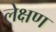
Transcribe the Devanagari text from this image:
लेक्षण